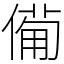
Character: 僃